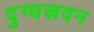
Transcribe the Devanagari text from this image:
दुग्धस्रवन